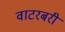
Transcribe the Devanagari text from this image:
वाटरबरी